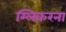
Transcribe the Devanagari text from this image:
म्लिकरना